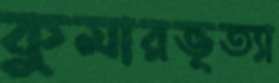
কুমারভৃত্যা